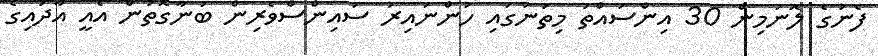
ފެނުގެ ލޮނުމިން 30 އިންސައްތަ މިތަނުގައި ހުންނައިރު ސައިންސްވެރިން ބުނާގޮތުން އެއީ އާދައިގެ